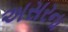
અસરના